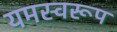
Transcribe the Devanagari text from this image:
यमस्वरूप